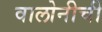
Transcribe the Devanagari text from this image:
वालोनीची